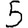
Digit: 5